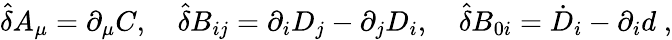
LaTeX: {\hat{\delta}}A_{\mu}=\partial_{\mu}C,\quad{\hat{\delta}}B_{ij}=\partial_{i}D_{j}-\partial_{j}D_{i},\quad{\hat{\delta}}B_{0i}={\dot{D}}_{i}-\partial_{i}d\; ,